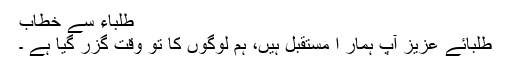
طلباء سے خطاب
طلبائے عزیز آپ ہمار ا مستقبل ہیں، ہم لوگوں کا تو وقت گزر گیا ہے ۔